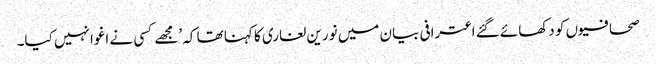
صحافیوں کو دکھائے گئے اعترافی بیان میں نورین لغاری کا کہنا تھا کہ ’مجھے کسی نے اغوا نہیں کیا۔